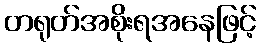
တရုတ်အစိုးရအနေဖြင့်